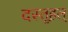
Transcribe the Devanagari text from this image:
दस्तूहल्